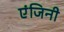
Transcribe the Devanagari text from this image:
एंजिनी